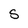
Character: S